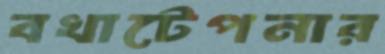
বখাটেপনার